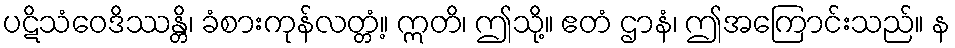
ပဋိသံဝေဒိဿန္တိ၊ ခံစားကုန်လတ္တံ့။ ဣတိ၊ ဤသို့။ ဧတံ ဌာနံ၊ ဤအကြောင်းသည်။ န